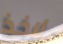
لاخذ